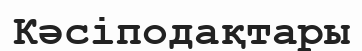
Кәсіподақтары